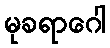
မုခရာဂေါ